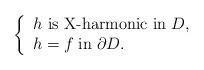
LaTeX: \begin{align*} \left\{\begin{array}{ll}h\textrm{ is X-harmonic in}\; D,\\ h=f\;\textrm{in}\; \partial D.\end{array}\right. \end{align*}